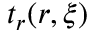
t _ { r } ( \boldsymbol { r } , \boldsymbol { \xi } )